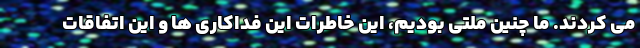
می کردند. ما چنین ملتی بودیم، این خاطرات این فداکاری ها و این اتفاقات